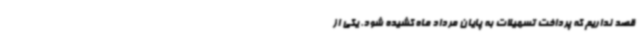
قصد نداریم که پرداخت تسهیلات به پایان مرداد ماه کشیده شود. یکی از